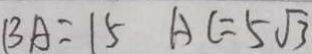
B A = 1 5 A C = 5 \sqrt { 3 }